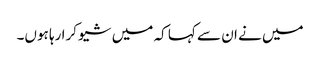
میں نے ان سے کہا کہ میں شیو کرا رہا ہوں۔